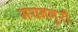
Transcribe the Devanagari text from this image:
मयनगुरी